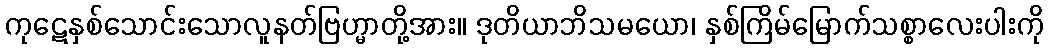
ကုဋေနှစ်သောင်းသောလူနတ်ဗြဟ္မာတို့အား။ ဒုတိယာဘိသမယော၊ နှစ်ကြိမ်မြောက်သစ္စာလေးပါးကို